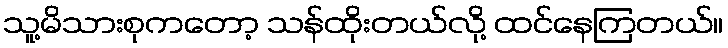
သူ့မိသားစုကတော့ သန်ထိုးတယ်လို့ ထင်နေကြတယ်။